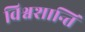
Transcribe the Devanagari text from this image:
विश्वशान्ति